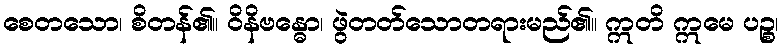
စေတသော၊ စိတန်၏။ ဝိနိဗန္ဓော၊ ဖွဲတတ်သောတရားမည်၏။ ဣတိ ဣမေ ပဉ္စ၊